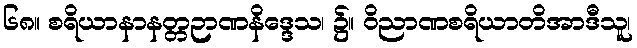
၆၈။ စရိယာနာနတ္တဉာဏနိဒ္ဒေသ၊ ၌။ ဝိညာဏစရိယာတိအာဒီသူ၊